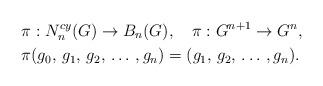
LaTeX: \begin{align*}& \pi : N_n^{cy}(G) \to B_n(G), \ \ \ \pi: G^{n+1} \to G^n, \\& \pi (g_0, \, g_1, \, g_2, \, \ldots \, , g_n) = (g_1, \, g_2, \,\ldots \, , g_n).\end{align*}